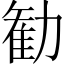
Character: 勧